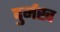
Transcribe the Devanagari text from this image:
दुर्मख